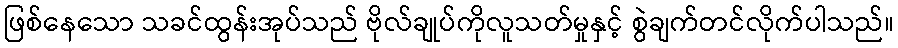
ဖြစ်နေသော သခင်ထွန်းအုပ်သည် ဗိုလ်ချုပ်ကိုလူသတ်မှုနှင့် စွဲချက်တင်လိုက်ပါသည်။